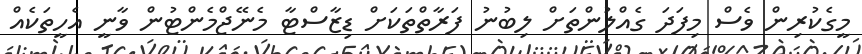
މީގެކުރިން ވެސް މިފަދަ ގެއްލުންތަށް ލިބުނު ފަރާތްތަކަށް ޑިޒާސްޓާ މެނޭޖްމެންޓުން ވާނީ އެހީތަކެއް